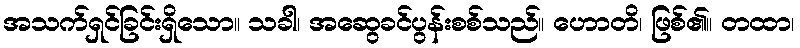
အသက်ရှင်ခြင်းရှိသော။ သခါ၊ အဆွေခင်ပွန်းစစ်သည်။ ဟောတိ၊ ဖြစ်၏။ တထာ၊